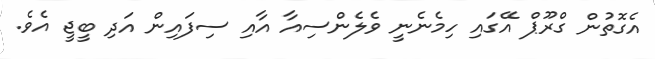
އެގޮތުން ގްރޫޕް އޭގައި ހިމެނެނީ ވެލެންސިއާ އާއި ސިފައިން އަދި ބީޖީ އެވެ.